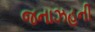
જનાઝહની